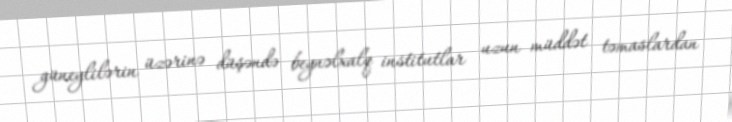
güneylilərin üzərinə düşəndə beynəlxalq institutlar uzun müddət təmaslardan